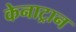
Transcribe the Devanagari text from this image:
केनाट्रान